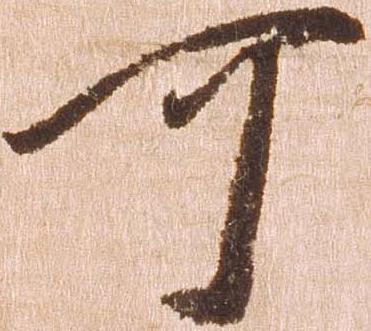
可